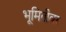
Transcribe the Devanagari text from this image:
भूमितीवर